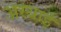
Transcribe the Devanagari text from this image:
अस्‍थाई